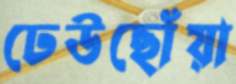
ঢেউছোঁয়া